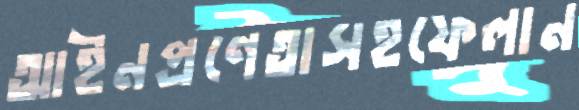
আইনপ্রণেতাসহফেলান